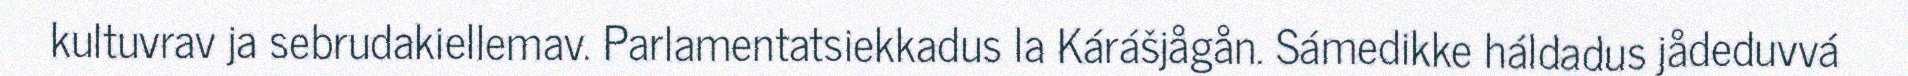
kultuvrav ja sebrudakiellemav. Parlamentatsiekkadus la Kárášjågån. Sámedikke háldadus jådeduvvá